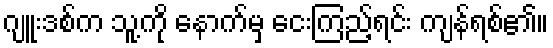
ဂျူးဒစ်က သူ့ကို နောက်မှ ငေးကြည့်ရင်း ကျန်ရစ်၏။